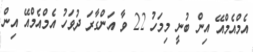
އެމްއެމްއޭ އިން ބުނީ މިމަހު 22 ވާ އަންގާރަ ދުވަހު އެމްއެމްއޭ އިން